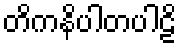
တိကနိပါတပါဠိ